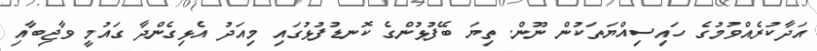
އަދާކުރެއްވުމުގެ ހައިސިއްޔަތަކުން ނޫން. ތިޔަ ބޭފުޅުންގެ ކޮނޑުފުޅުގައި މިއަދު އެޅިގެންދާ ގައުމީ ވާޖިބާއި